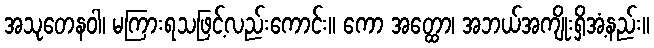
အသုတေနဝါ၊ မကြားရသဖြင့်လည်းကောင်း။ ကော အတ္ထော၊ အဘယ်အကျိုးရှိအံ့နည်း။